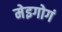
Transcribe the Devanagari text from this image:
मेइगोगं